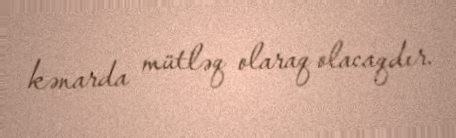
kənarda mütləq olaraq olacaqdır.